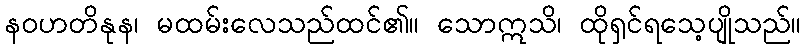
နဝဟတိနုန၊ မထမ်းလေသည်ထင်၏။ သောဣသိ၊ ထိုရှင်ရသေ့ပျိုသည်။